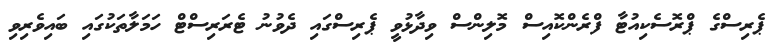
ޕެރިސްގެ ޕްރޮސެކިއުޓާ ފްރެންކޮއިސް މޮލިންސް ވިދާޅުވީ ޕެރިސްގައި ދެވުނު ޓެރަރިސްޓް ހަމަލާތަކުގައި ބައިވެރިވި